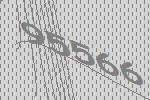
95566